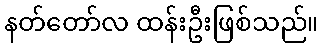
နတ်တော်လ ထန်းဦးဖြစ်သည်။